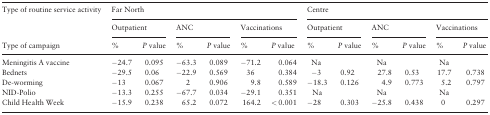
<table><thead><tr><td rowspan="2"><b>Type of routine service activity</b></td><td colspan="6"><b>Far North</b></td><td colspan="6"><b>Centre</b></td></tr><tr><td colspan="2"><b>Outpatient</b></td><td colspan="2"><b>ANC</b></td><td colspan="2"><b>Vaccinations</b></td><td colspan="2"><b>Outpatient</b></td><td colspan="2"><b>ANC</b></td><td colspan="2"><b>Vaccinations</b></td></tr><tr><td><b>Type of campaign</b></td><td><b>%</b></td><td><b><i>P</i> value</b></td><td><b>%</b></td><td><b><i>P</i> value</b></td><td><b>%</b></td><td><b><i>P</i> value</b></td><td><b>%</b></td><td><b><i>P</i> value</b></td><td><b>%</b></td><td><b><i>P</i> value</b></td><td><b>%</b></td><td><b><i>P</i> value</b></td></tr></thead><tbody><tr><td>Meningitis A vaccine</td><td>−24.7</td><td>0.095</td><td>−63.3</td><td>0.089</td><td>−71.2</td><td>0.064</td><td>Na</td><td></td><td>Na</td><td></td><td>Na</td><td></td></tr><tr><td>Bednets</td><td>−29.5</td><td>0.06</td><td>−22.9</td><td>0.569</td><td>36</td><td>0.384</td><td>−3</td><td>0.92</td><td>27.8</td><td>0.53</td><td>17.7</td><td>0.738</td></tr><tr><td>De-worming</td><td>−13</td><td>0.067</td><td>2</td><td>0.906</td><td>9.8</td><td>0.589</td><td>−18.3</td><td>0.126</td><td>4.9</td><td>0.773</td><td>5.2</td><td>0.797</td></tr><tr><td>NID-Polio</td><td>−13.3</td><td>0.255</td><td>−67.7</td><td>0.034</td><td>−29.1</td><td>0.351</td><td>Na</td><td></td><td>Na</td><td></td><td>Na</td><td></td></tr><tr><td>Child Health Week</td><td>−15.9</td><td>0.238</td><td>65.2</td><td>0.072</td><td>164.2</td><td>&lt; 0.001</td><td>−28</td><td>0.303</td><td>−25.8</td><td>0.438</td><td>0</td><td>0.297</td></tr></tbody></table>